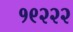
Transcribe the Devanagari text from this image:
१९२२२